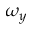
\omega _ { y }